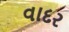
વાદર